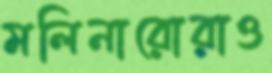
মলিনারোরাও